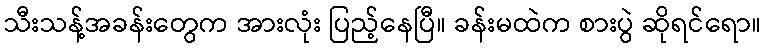
သီးသန့်အခန်းတွေက အားလုံး ပြည့်နေပြီ။ ခန်းမထဲက စားပွဲ ဆိုရင်ရော။